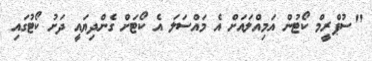
"ސުޕްރީމް ކޯޓުން އަމިއްލައަށް އެ މައްސަލަ އެ ކޯޓަށް ގެންދިޔައީ ދަށު ކޯޓުގައި